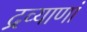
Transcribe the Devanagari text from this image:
द्रव्याणां